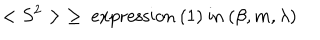
LaTeX: < S ^ { 2 } > \; \ge \mathrm { ~ e x p r e s s i o n ~ ( 1 ) ~ i n ~ } ( \beta , m , \lambda )